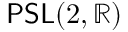
\mathsf { P S L } ( 2 , \mathbb { R } )